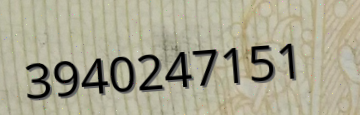
3940247151